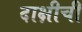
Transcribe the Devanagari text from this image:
दाक्षीची